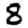
Digit: 8